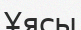
Ұясы